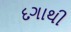
દગાથી